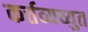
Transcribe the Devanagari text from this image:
कर्त्तव्यच्युत